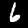
Digit: 6